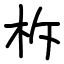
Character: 柝